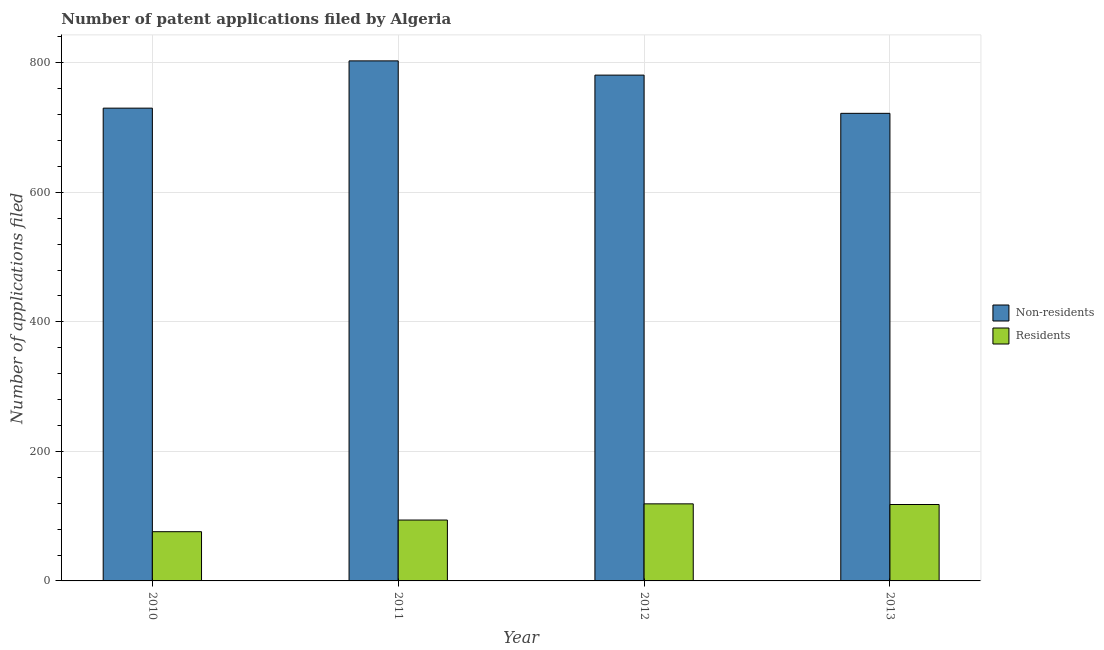
| Year | Non-residents | Residents |
 | --- | --- | --- |
 | 2010 | 730 | 76 |
 | 2011 | 803 | 94 |
 | 2012 | 781 | 119 |
 | 2013 | 722 | 118 |